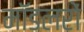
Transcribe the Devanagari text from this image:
मॉडलरों